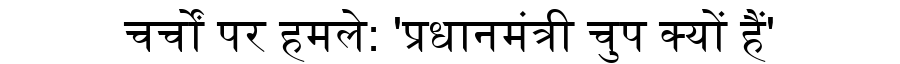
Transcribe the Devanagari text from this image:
चर्चों पर हमले: 'प्रधानमंत्री चुप क्यों हैं'